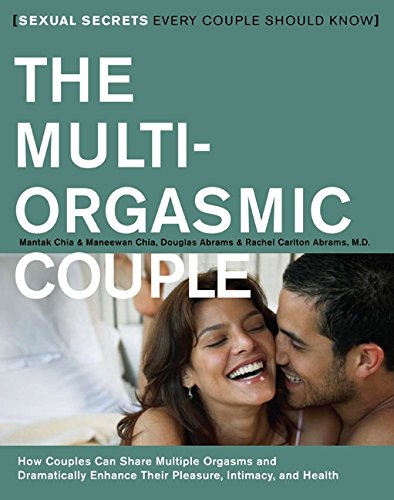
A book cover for The Multi-Orgasmic Couple: Sexual Secrets Every Couple Should Know; Mantak Chia; Health, Fitness & Dieting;